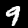
Digit: 9